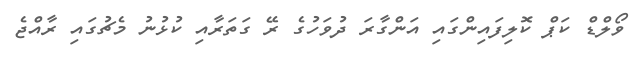
ވޯލްޑް ކަޕް ކޮލިފައިންގައި އަންގާރަ ދުވަހުގެ ރޭ ގަތަރާއި ކުޅުނު މެޗުގައި ރާއްޖެ